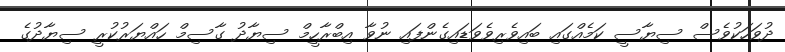
ދުވަހަކުވެސް ސިޔާސީ ކަމެއްގައި ބައިވެރިވެވަޑައިގެންފައި ނުވާ އިބްރާހީމް ސިޔާދު ގާސިމް ހައްޔަރުކުރީ ސިޔާދުގެ